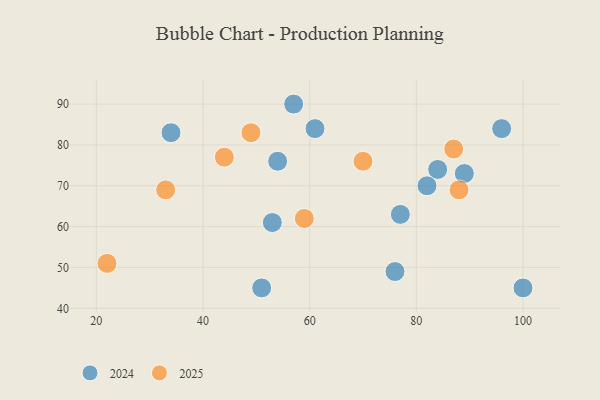
{"axis": {"x": "GDP", "y": "Life Expectancy"}, "legend": ["2024", "2025"], "data": [{"x": "54", "y": 76, "type": "2024"}, {"x": "34", "y": 83, "type": "2024"}, {"x": "51", "y": 45, "type": "2024"}, {"x": "96", "y": 84, "type": "2024"}, {"x": "84", "y": 74, "type": "2024"}, {"x": "82", "y": 70, "type": "2024"}, {"x": "77", "y": 63, "type": "2024"}, {"x": "100", "y": 45, "type": "2024"}, {"x": "57", "y": 90, "type": "2024"}, {"x": "76", "y": 49, "type": "2024"}, {"x": "61", "y": 84, "type": "2024"}, {"x": "53", "y": 61, "type": "2024"}, {"x": "89", "y": 73, "type": "2024"}, {"x": "87", "y": 79, "type": "2025"}, {"x": "59", "y": 62, "type": "2025"}, {"x": "70", "y": 76, "type": "2025"}, {"x": "49", "y": 83, "type": "2025"}, {"x": "88", "y": 69, "type": "2025"}, {"x": "33", "y": 69, "type": "2025"}, {"x": "22", "y": 51, "type": "2025"}, {"x": "44", "y": 77, "type": "2025"}]}